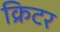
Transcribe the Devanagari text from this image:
क्रिटर